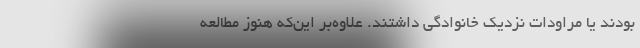
بودند یا مراودات نزدیک خانوادگی داشتند. علاوه‌بر این‌که هنوز مطالعه